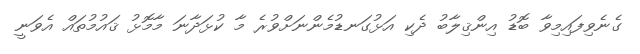
ގެނެވިފައިމިވާ ބޮޑު އިންޤިލާބު ދެކި އަޅުގަނޑުމެންނަށްވުރެ މާ ކުޅަދާނަ މާމޮޅު ޤައުމުތައް އެވަނީ